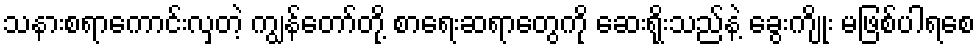
သနားစရာကောင်းလှတဲ့ ကျွန်တော်တို့ စာရေးဆရာတွေကို ဆေးရိုးသည်နဲ့ ခွေးကျိုး မဖြစ်ပါရစေ